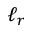
\ell _ { r }